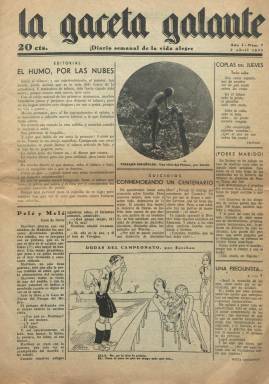
Título: La Gaceta galante
Colección: Revistas licenciosas || Revistas satíricas y humorísticas
Ámbito geográfico: Madrid
Lugar de publicación: Madrid
Fechas: 07/04/1932-07/04/1932

Semanario impreso en papel prensa con el subtítulo “diario semanal de la vida alegre”, que tiró su primer número el siete de abril de 1932. En la colección de la Biblioteca Nacional de España sólo existe su entrega número 7, del siete abril de ese mismo año, de 16 páginas, compuestas a varias columnas, generalmente a cinco, y que debió ser uno de los editados por Prensa Moderna, bajo la dirección de Luis Uriarte, dedicada también a colecciones de novela corta desde la década de los veinte. Inserta un buen número de y chistes gráficos (el de su primera página va afirmado por el dibujante Esteban), además de fotografías de mujeres desnudas, y textos breves, de carácter erótico y satírico, que cuando van firmados, lo son bajo seudónimos, como el caso del titulado Coplas del jueves, bajo la firma de Frívoli. También publica en una serie con el epígrafe Antología erótica, la narración De las catorce injurias, por M. Álvarez Portal; y en la de Cuentos ajenos, Canción de primavera, con la firma de Gastón de Linier. Organiza un concurso de belleza y l final, en la sección Guía del lector, ofrece en tres páginas con la cartera teatral y des espectáculos, los lugares de diversión madrileños, direcciones de servicios públicos y un buen número de breves inserciones publicitarias. La publicación no debió tener mucha vida.